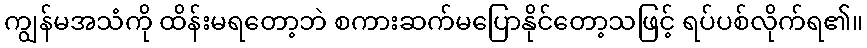
ကျွန်မအသံကို ထိန်းမရတော့ဘဲ စကားဆက်မပြောနိုင်တော့သဖြင့် ရပ်ပစ်လိုက်ရ၏။